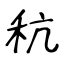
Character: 秔